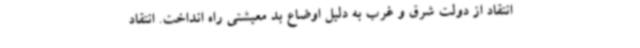
انتقاد از دولت شرق و غرب به دلیل اوضاع بد معیشتی راه انداخت. انتقاد